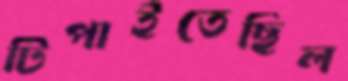
টিপাইতেছিল